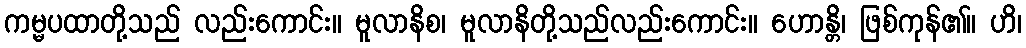
ကမ္မပထာတို့သည် လည်းကောင်း။ မူလာနိစ၊ မူလာနိတို့သည်လည်းကောင်း။ ဟောန္တိ၊ ဖြစ်ကုန်၏။ ဟိ၊